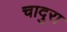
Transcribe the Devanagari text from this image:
चादुरा